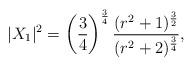
LaTeX: \begin{align*}|X_{1}|^{2}=\left(\frac{3}{4}\right)^{\frac{3}{4}}\frac{(r^{2}+1)^{\frac{3}{2}}}{(r^{2}+2)^{\frac{3}{4}}},\end{align*}